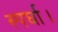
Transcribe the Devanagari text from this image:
स्पर्घा।